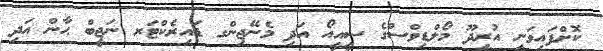
ކޮށްފައިވަނީ އުރީދޫ މޯލްޑިވްސްގެ ސީއީއޯ އަދި މެނޭޖިންގ ޑައިރެކްޓަރ ނަޖީބް ޙާން އަދި